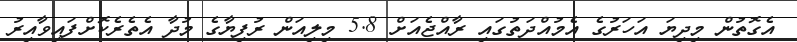
އެގޮތުން މިދިޔަ އަހަރުގެ އެމުއްދަތުގައި ރާއްޖެއަށް 5.8 މިލިއަން ރުފިޔާގެ މުދާ އެތެރެކޮށްފައިވާއިރު